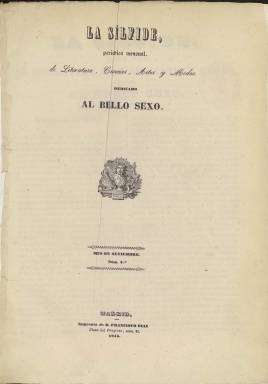
Título: La Sílfide (Madrid)
Colección: Revistas femeninas
Ámbito geográfico: Madrid
Lugar de publicación: Madrid
Fechas: 01/08/1845-31/07/1846

Con el subtítulo “periódico mensual de literatura, ciencias, artes y modas, dedicado al bello sexo” estuvo publicándose en Madrid desde agosto de 1845 a julio de 1846, formando parte del grupo de revistas femeninas que empezaron a aparecer en los primeros años isabelinos, y que no superaban de media el año de vida. Las entregas de este título son de dieciséis páginas, en un formato en cuarto mayor (o folio menor), compuestas a una columna y con foliación continuada, llegando a sumar su colección 192 páginas. Estampada “con esmero” en papel de calidad, suele llevar una cubierta en donde se especifica que salía de la Imprenta de Francisco Díaz, en donde estaba establecida la redacción.

Como las demás publicaciones de este tipo, iba acompañada de láminas con figurines de modas y un pliego de dibujos de labores de costura, con varios diseños de bordados y patrones de varias piezas de trajes de señoras, que describe en la sección Revista de modas y explica en la de Labores, respectivamente. Las litografías de color de los figurines que distribuye proceden del parisino Le Moniteur de la mode, journal du gran monde. También incluía partituras musicales, para piano y canto, coma la pieza titulada El diplomático, compuesto por C. Ambite y dedicado a la señorita doña Carmen Pascual, y cada trimestre, un retrato, como el doña María de Molina.

Los contenidos de sus textos son de variada temática, entre artículos y textos de creación literaria, como señalan sus epígrafes: Educación, firmado con las iniciales M.V. de M.; De la importancia de la educación de las niñas, rubricado por J.M.L.; Reglas de higiene relativas a la primera infancia; Biografía de doña María de Molina; Usos y costumbres, por J.M.L; Educación doméstica, por J.M. Bonilla, o De la elección del esposo e Influencia de las mujeres. También publica composiciones poéticas, como la titulada Una mariposa, firmada por la señorita D.M. de S.C.. Otras colaboraciones son firmadas por Amalia Fenolllosa y Santos Sebastián García.

Algunas de sus secciones fijas son Teatros, Miscelánea, Anécdotas y Máximas. Sus textos llevan otros títulos, como Historia de la música, Ciencias naturales, Bellas artes, Viaje a Palestina, De los libros o Literatura extranjera. Publica traducciones literarias, como la titulada Reflexiones acerca del destino de las mujeres, escritas en francés por Mme. Friedel y traducidas libremente por la señorita doña M.S.C.; un Fragmento de las mediaciones de la noche, por Eduardo Young; o Contestación a un poema titulado El destino común, de Lord Byron, entre otras.

Para las revistas femeninas madrileñas del periodo, véase el trabajo de María del Carmen Simón Palmer, publicado en 1993.